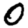
Digit: 0